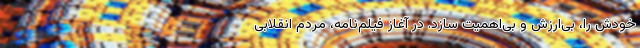
خودش را، بی‌ارزش و بی‌اهمیت سازد. در آغاز فيلم‌نامه، مردم انقلابی